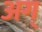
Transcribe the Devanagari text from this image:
अग्